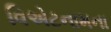
વિએટનામના